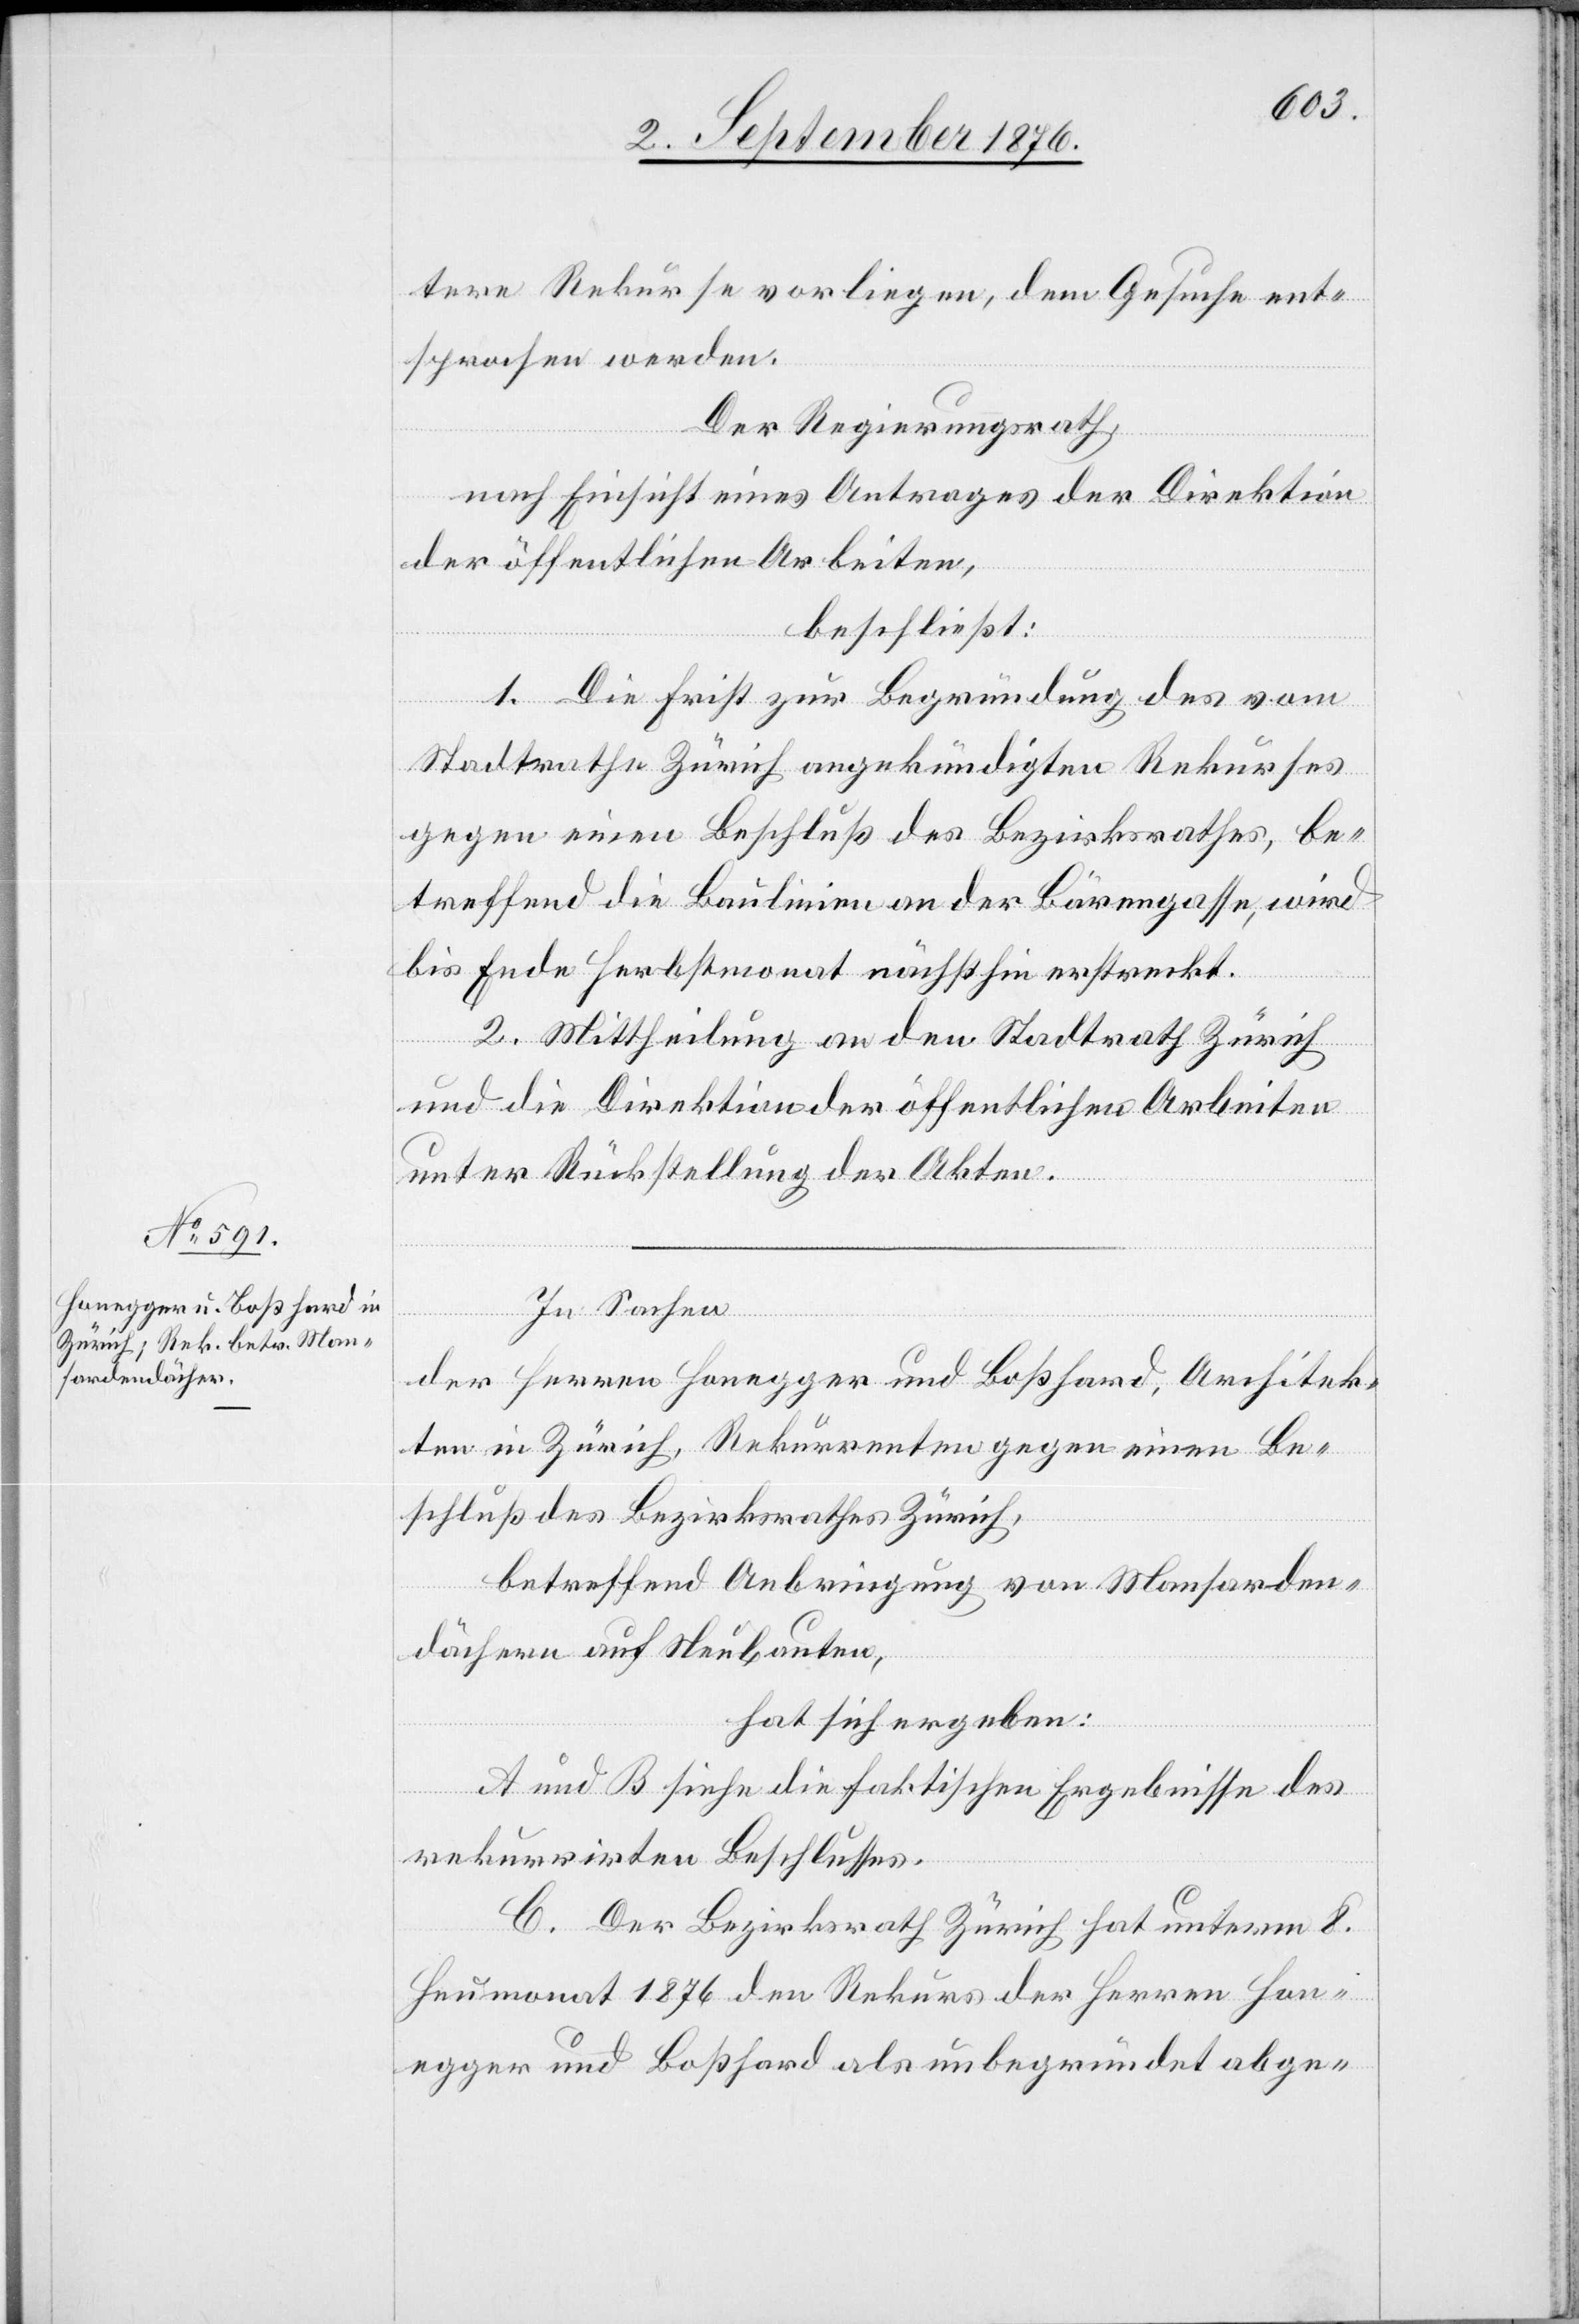
tere Rekurse vorliegen, dem Gesuche ent¬
sprochen werden.
Der Regierungsrath,
nach Einsicht eines Antrages der Direktion
der öffentlichen Arbeiten,
beschließt:
1. Die Frist zur Begründung des vom
Stadtrathe Zürich angekündigten Rekurses
gegen einen Beschluß des Bezirksrathes, be¬
treffend die Baulinien an der Bärengasse, wird
bis Ende Herbstmonat nächsthin erstreckt.
2. Mittheilung an den Stadtrath Zürich
und die Direktion der öffentlichen Arbeiten
unter Rückstellung der Akten.
In Sachen
der Herren Honegger und Boßhard, Architek¬
ten in Zürich, Rekurrenten gegen einen Be¬
schluß des Bezirksrathes Zürich,
betreffend Anbringung von Mansarden¬
dächern auf Neubauten,
hat sich ergeben:
A und B siehe die faktischen Ergebnisse des
rekurrirten Beschlusses.
C. Der Bezirksrath Zürich hat unterm 8.
Heumonat 1876 den Rekurs der Herren Hon¬
egger und Boßhard als unbegründet abge-